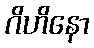
ဂိဟိနော